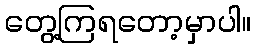
တွေ့ကြရတော့မှာပါ။